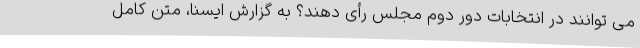
می توانند در انتخابات دور دوم مجلس رأی دهند؟ به گزارش ایسنا، متن کامل